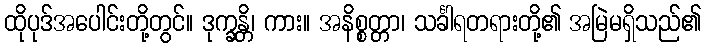
ထိုပုဒ်အပေါင်းတို့တွင်။ ဒုက္ခန္တိ၊ ကား။ အနိစ္စတ္တာ၊ သင်္ခါရတရားတို့၏ အမြဲမရှိသည်၏